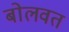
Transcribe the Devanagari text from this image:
बोलवत